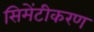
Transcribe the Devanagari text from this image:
सिमेंटीकरण